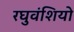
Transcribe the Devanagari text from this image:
रघुवंशियो